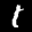
Label: 1